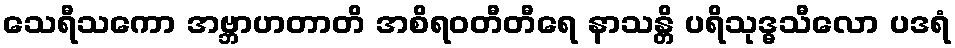
သေရီသကော အဗ္ဘာဟတာတိ အစိရဝတီတီရေ နာသန္တိ ပရိသုဒ္ဓသီလော ပဒရံ